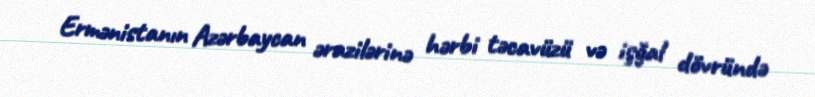
Ermənistanın Azərbaycan ərazilərinə hərbi təcavüzü və işğal dövründə